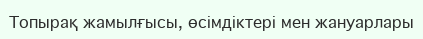
Топырақ жамылғысы, өсімдіктері мен жануарлары